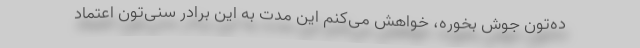
ده‌تون جوش بخوره، خواهش می‌کنم این مدت به این برادر سُنی‌تون اعتماد